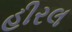
હીરલ